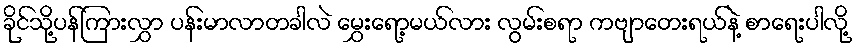
ခိုင်သို့ပန်ကြားလွှာ ပန်းမာလာတခါလဲ မွှေးရော့မယ်လား လွမ်းစရာ ကဗျာတေးရယ်နဲ့ စာရေးပါလို့